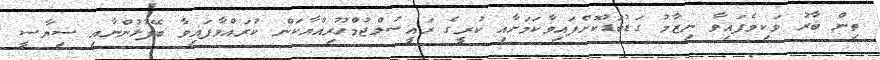
ތިން ބާރު ވަކިވެފައިވާ ނިޒާމު ގަޑުބަޑުކޮށްފައިވާކަމަށާއި ކުރީގެ ރައީސުލްޖުމްހޫރިއްޔާކަން ކުރައްވާފައިވާ ބޭފުޅުންނާއި ސިޔާސީ